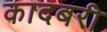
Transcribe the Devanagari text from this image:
कादबरी